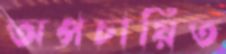
অপচায়িত